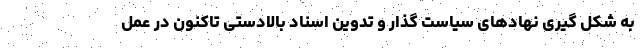
به شکل گیری نهادهای سیاست گذار و تدوین اسناد بالادستی تاکنون در عمل